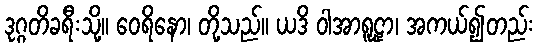
ဒုဂ္ဂတိခရီးသို့။ ဝေရိနော၊ တို့သည်။ ယဒိ ဝါအာရူဠှာ၊ အကယ်၍တည်း